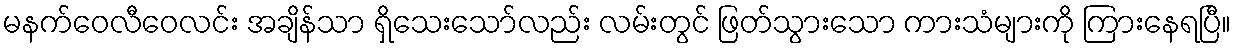
မနက်ဝေလီဝေလင်း အချိန်သာ ရှိသေးသော်လည်း လမ်းတွင် ဖြတ်သွားသော ကားသံများကို ကြားနေရပြီ။